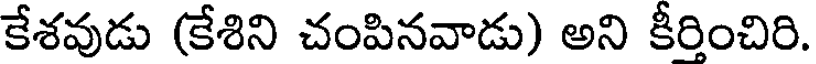
కేశవుడు (కేశిని చంపినవాడు) అని కీరించిరి.